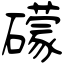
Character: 礞